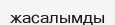
жасалымды